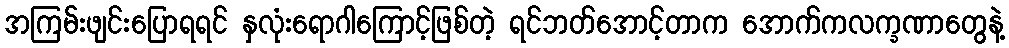
အကြမ်းဖျင်းပြောရရင် နှလုံးရောဂါကြောင့်ဖြစ်တဲ့ ရင်ဘတ်အောင့်တာက အောက်ကလက္ခဏာတွေနဲ့